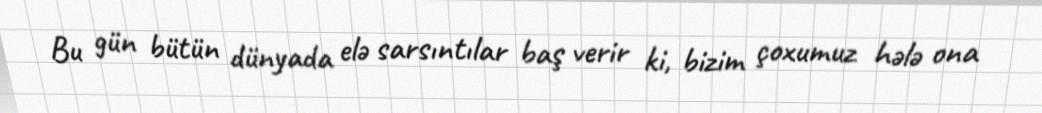
Bu gün bütün dünyada elə sarsıntılar baş verir ki, bizim çoxumuz hələ ona